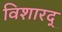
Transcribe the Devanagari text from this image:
विशारद्